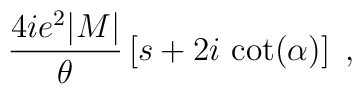
\frac{4 ie^2 |M|}{\theta} \left[ s + 2 i \mbox{ cot}(\alpha) \right] \; ,